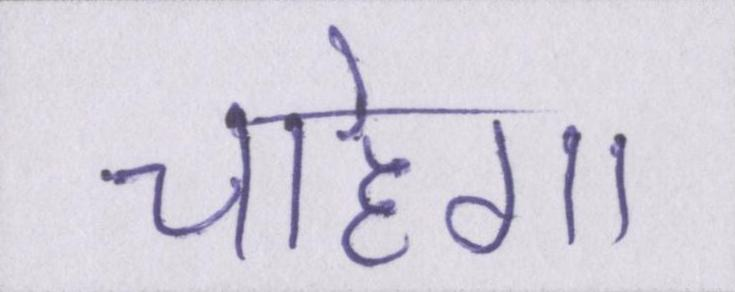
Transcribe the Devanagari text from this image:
चाहेगा